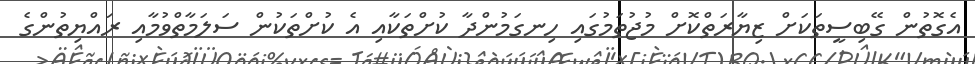
އެގޮތުން ގޭބިސީތަކަށް ޒިޔާރަތްކޮށް މުޖުތަމުގައި ހިނގަމުންދާ ކުށްތަކާއި އެ ކުށްތަކުން ސަލަމާތްވުމާއި ރައްޔިތުންގެ